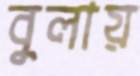
বুলায়